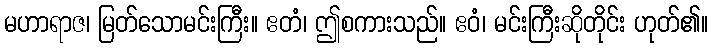
မဟာရာဇ၊ မြတ်သောမင်းကြီး။ ဧတံ၊ ဤစကားသည်။ ဧဝံ၊ မင်းကြီးဆိုတိုင်း ဟုတ်၏။